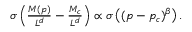
\begin{array} { r } { \sigma \left( \frac { M ( p ) } { L ^ { d } } - \frac { M _ { c } } { L ^ { d } } \right) \propto \sigma \left( ( p - p _ { c } ) ^ { \beta } \right) . } \end{array}